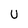
Character: U